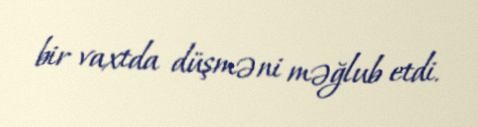
bir vaxtda düşməni məğlub etdi.